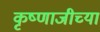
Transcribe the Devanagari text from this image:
कृष्णाजीच्या